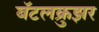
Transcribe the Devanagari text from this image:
बॅटलक्रुझर